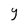
Character: Y